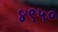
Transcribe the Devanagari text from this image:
४९५०